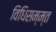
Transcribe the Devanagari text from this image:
विधिसम्म्त